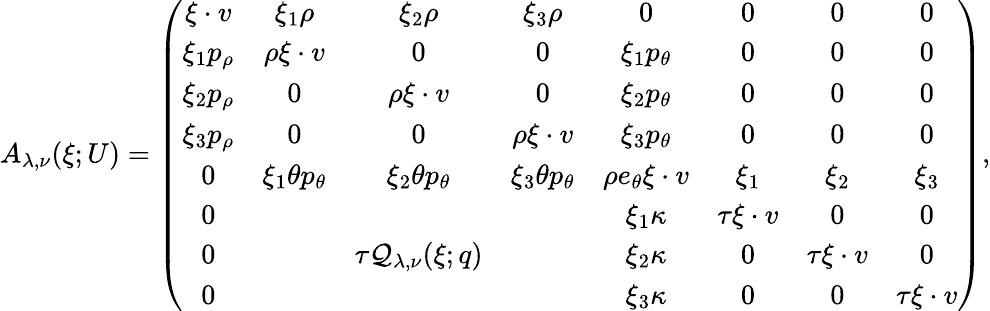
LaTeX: \begin{array}{r}{A_{\lambda,\nu}(\xi;U)=\left(\begin{array}{cccccccc}{\xi\cdot v}&{\xi_{1}\rho}&{\xi_{2}\rho}&{\xi_{3}\rho}&{0}&{0}&{0}&{0}\\ {\xi_{1}p_{\rho}}&{\rho\xi\cdot v}&{0}&{0}&{\xi_{1}p_{\theta}}&{0}&{0}&{0}\\ {\xi_{2}p_{\rho}}&{0}&{\rho\xi\cdot v}&{0}&{\xi_{2}p_{\theta}}&{0}&{0}&{0}\\ {\xi_{3}p_{\rho}}&{0}&{0}&{\rho\xi\cdot v}&{\xi_{3}p_{\theta}}&{0}&{0}&{0}\\ {0}&{\xi_{1}\theta p_{\theta}}&{\xi_{2}\theta p_{\theta}}&{\xi_{3}\theta p_{\theta}}&{\rho e_{\theta}\xi\cdot v}&{\xi_{1}}&{\xi_{2}}&{\xi_{3}}\\ {0}&&&&{\xi_{1}\kappa}&{\tau\xi\cdot v}&{0}&{0}\\ {0}&&{\tau\mathcal{Q}_{\lambda,\nu}(\xi;q)}&&{\xi_{2}\kappa}&{0}&{\tau\xi\cdot v}&{0}\\ {0}&&&&{\xi_{3}\kappa}&{0}&{0}&{\tau\xi\cdot v}\end{array}\right),}\end{array}